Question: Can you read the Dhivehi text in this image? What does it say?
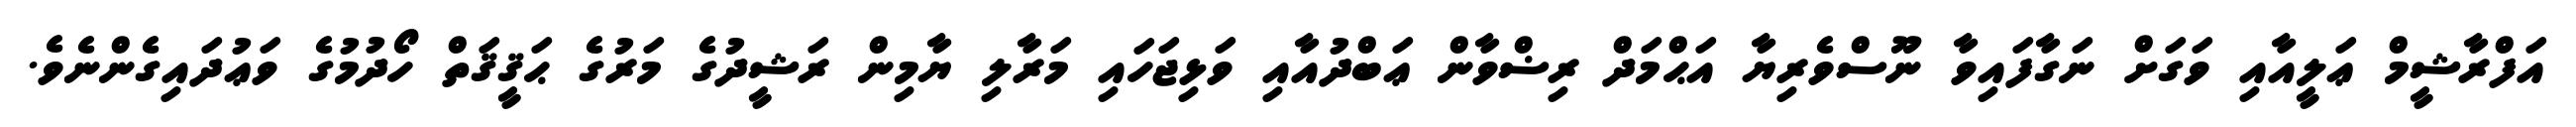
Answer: އަފްރާޝީމް ޢަލީއާއި ވަގަށް ނަގާފައިވާ ނޫސްވެރިޔާ އަޙްމަދް ރިޟްވާން ޢަބްދުއާއި ވަޅިޖަހައި މަރާލި ޔާމިން ރަޝީދުގެ މަރުގެ ޙަޤީޤަތް ހޯދުމުގެ ވަޢުދައިގެންނެވެ.